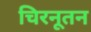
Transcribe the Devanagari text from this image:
चिरनूतन